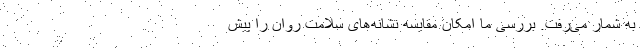
به شمار می‌رفت. بررسی ما امکان مقایسه نشانه‌های سلامت روان را پیش